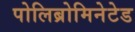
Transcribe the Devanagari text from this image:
पोलिब्रोमिनेटेड